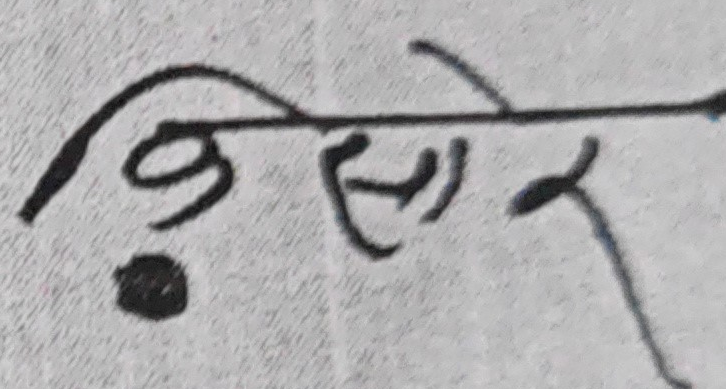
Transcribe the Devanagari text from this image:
किशोर